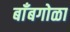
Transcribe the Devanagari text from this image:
बाँबगोळा